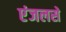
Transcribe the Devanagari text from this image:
एंजलसे